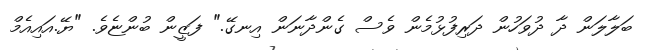
ބަލާލަން ދާ ދުވަހުން ދަރިފުޅުމެން ވެސް ގެންދާނަން އިނގޭ." ފަޒީން ބުންޏެވެ. "ޔޭ.އައިއެމް